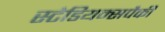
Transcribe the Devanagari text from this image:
स्टेडियम्सपैकी